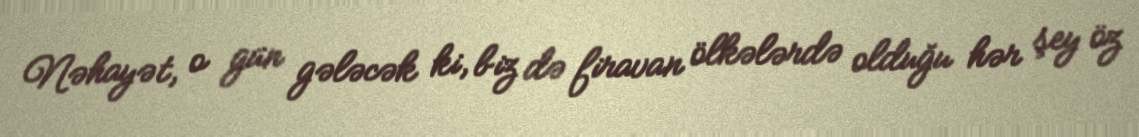
Nəhayət, o gün gələcək ki, biz də firavan ölkələrdə olduğu hər şey öz